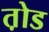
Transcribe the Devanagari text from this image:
त़ोड